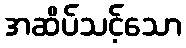
အဆိပ်သင့်သော